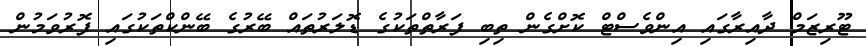
ޓޫރިޒަމް ދާއިރާގައި އިންވެސްޓް ކޮށްގެން ތިބި ފަރާތްތަކުގެ ޑޮލަރުތައް ބޭރުގެ ބޭންކްތަކުގައި ފޮރުވަމުން